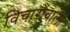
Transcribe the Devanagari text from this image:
विचारोंवाली